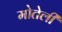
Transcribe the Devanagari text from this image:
मोतेली